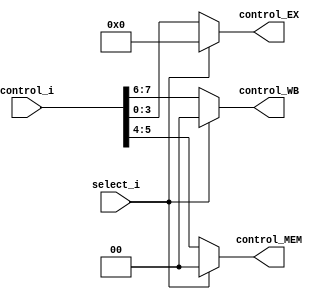
module mux8
(
control_i,
select_i,
control_WB,
control_MEM,
control_EX
);

input	[7:0]	control_i;
input	select_i;
output	reg	[1:0]	control_WB, control_MEM;
output	reg	[3:0]	control_EX;


always@(control_i)begin
	if(select_i == 1'b0) begin
		control_WB = control_i[7:6];
		control_MEM = control_i[5:4];
		control_EX = control_i[3:0];
	end
	else begin
		control_WB = 2'b0;
		control_MEM = 2'b0;
		control_EX = 4'b0;
	end
end
endmodule